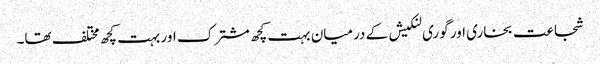
شجاعت بخاری اور گوری لنکیش کے درمیان بہت کچھ مشترک اور بہت کچھ مختلف تھا۔